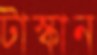
টাস্কান